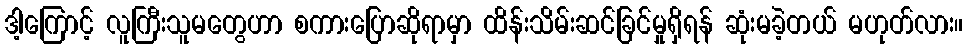
ဒါ့ကြောင့် လူကြီးသူမတွေဟာ စကားပြောဆိုရာမှာ ထိန်းသိမ်းဆင်ခြင်မှုရှိရန် ဆုံးမခဲ့တယ် မဟုတ်လား။